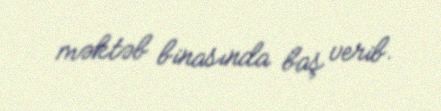
məktəb binasında baş verib.